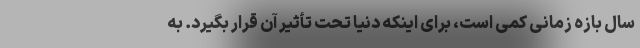
سال بازه زمانی کمی است، برای اینکه دنیا تحت تأثیر آن قرار بگیرد. به